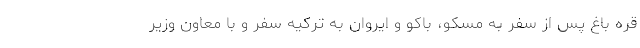
قره باغ پس از سفر به مسکو، باکو و ایروان به ترکیه سفر و با معاون وزیر